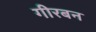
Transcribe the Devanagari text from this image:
गीरबन